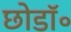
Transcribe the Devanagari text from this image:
छोडॉ॰